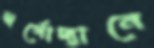
স্বর্গোদ্যানে